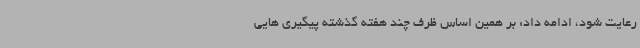
رعایت شود، ادامه داد: بر همین اساس ظرف چند هفته گذشته پیگیری هایی